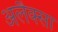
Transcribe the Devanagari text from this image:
अलैक्सा